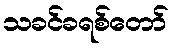
သခင်ခရစ်တော်